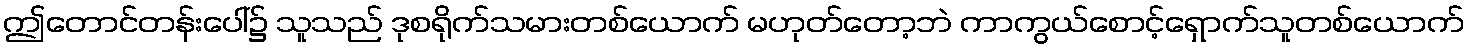
ဤတောင်တန်းပေါ်၌ သူသည် ဒုစရိုက်သမားတစ်ယောက် မဟုတ်တော့ဘဲ ကာကွယ်စောင့်ရှောက်သူတစ်ယောက်